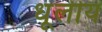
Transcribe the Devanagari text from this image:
धूलीय